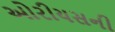
ઓરીયસની